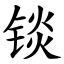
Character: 锬